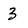
Character: 3